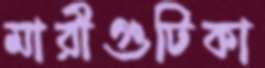
মারীগুটিকা